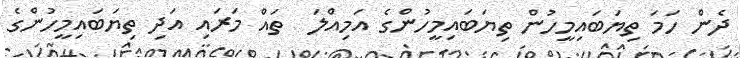
ދެން ހަމަ ތިޔަބައިމީހުން ތިޔަބައިމީހުންގެ އަމިއްލަ  ތައް މަރައި އަދި ތިޔަބައިމީހުންގެ